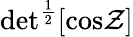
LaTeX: \mathrm{det}^{{\frac{1}{2}}}\lbrack\mathrm{cos}{\cal Z}\rbrack